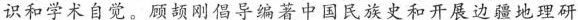
识和学术自觉。顾颉刚倡导编著中国民族史和开展边疆地理研